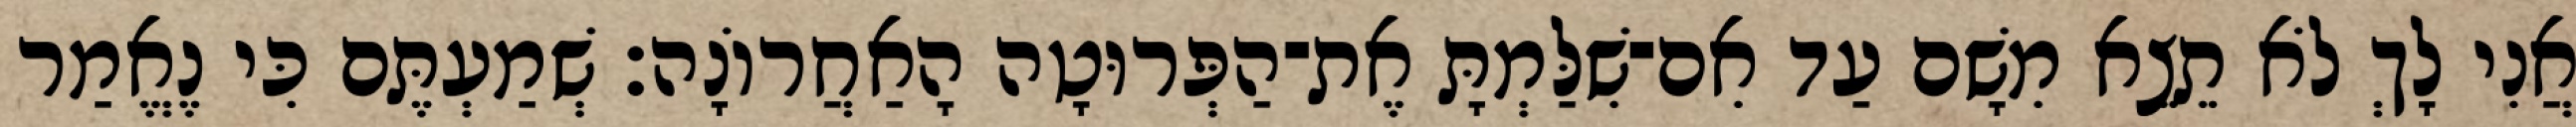
אֲנִי לָךְ לֹא תֵצֵא מִשָׁם עַד אִם־שִׁלַּמְתָּ אֶת־הַפְּרוּטָה הָאַחֲרוֹנָה׃ שְׁמַעְתֶּם כִּי נֶאֱמַר